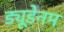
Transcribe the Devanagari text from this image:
ड्यूडेनम